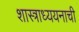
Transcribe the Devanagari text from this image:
शास्त्राध्ययनाची